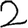
Digit: 2